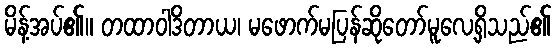
မိန့်အပ်၏။ တထာဝါဒိတာယ၊ မဖောက်မပြန်ဆိုတော်မူလေ့ရှိသည်၏